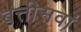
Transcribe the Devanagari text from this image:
बत्तीसवां